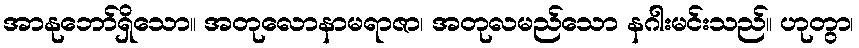
အာနုဘော်ရှိသော။ အတုလောနာမရာဇာ၊ အတုလမည်သော နဂါးမင်းသည်။ ဟုတွာ၊